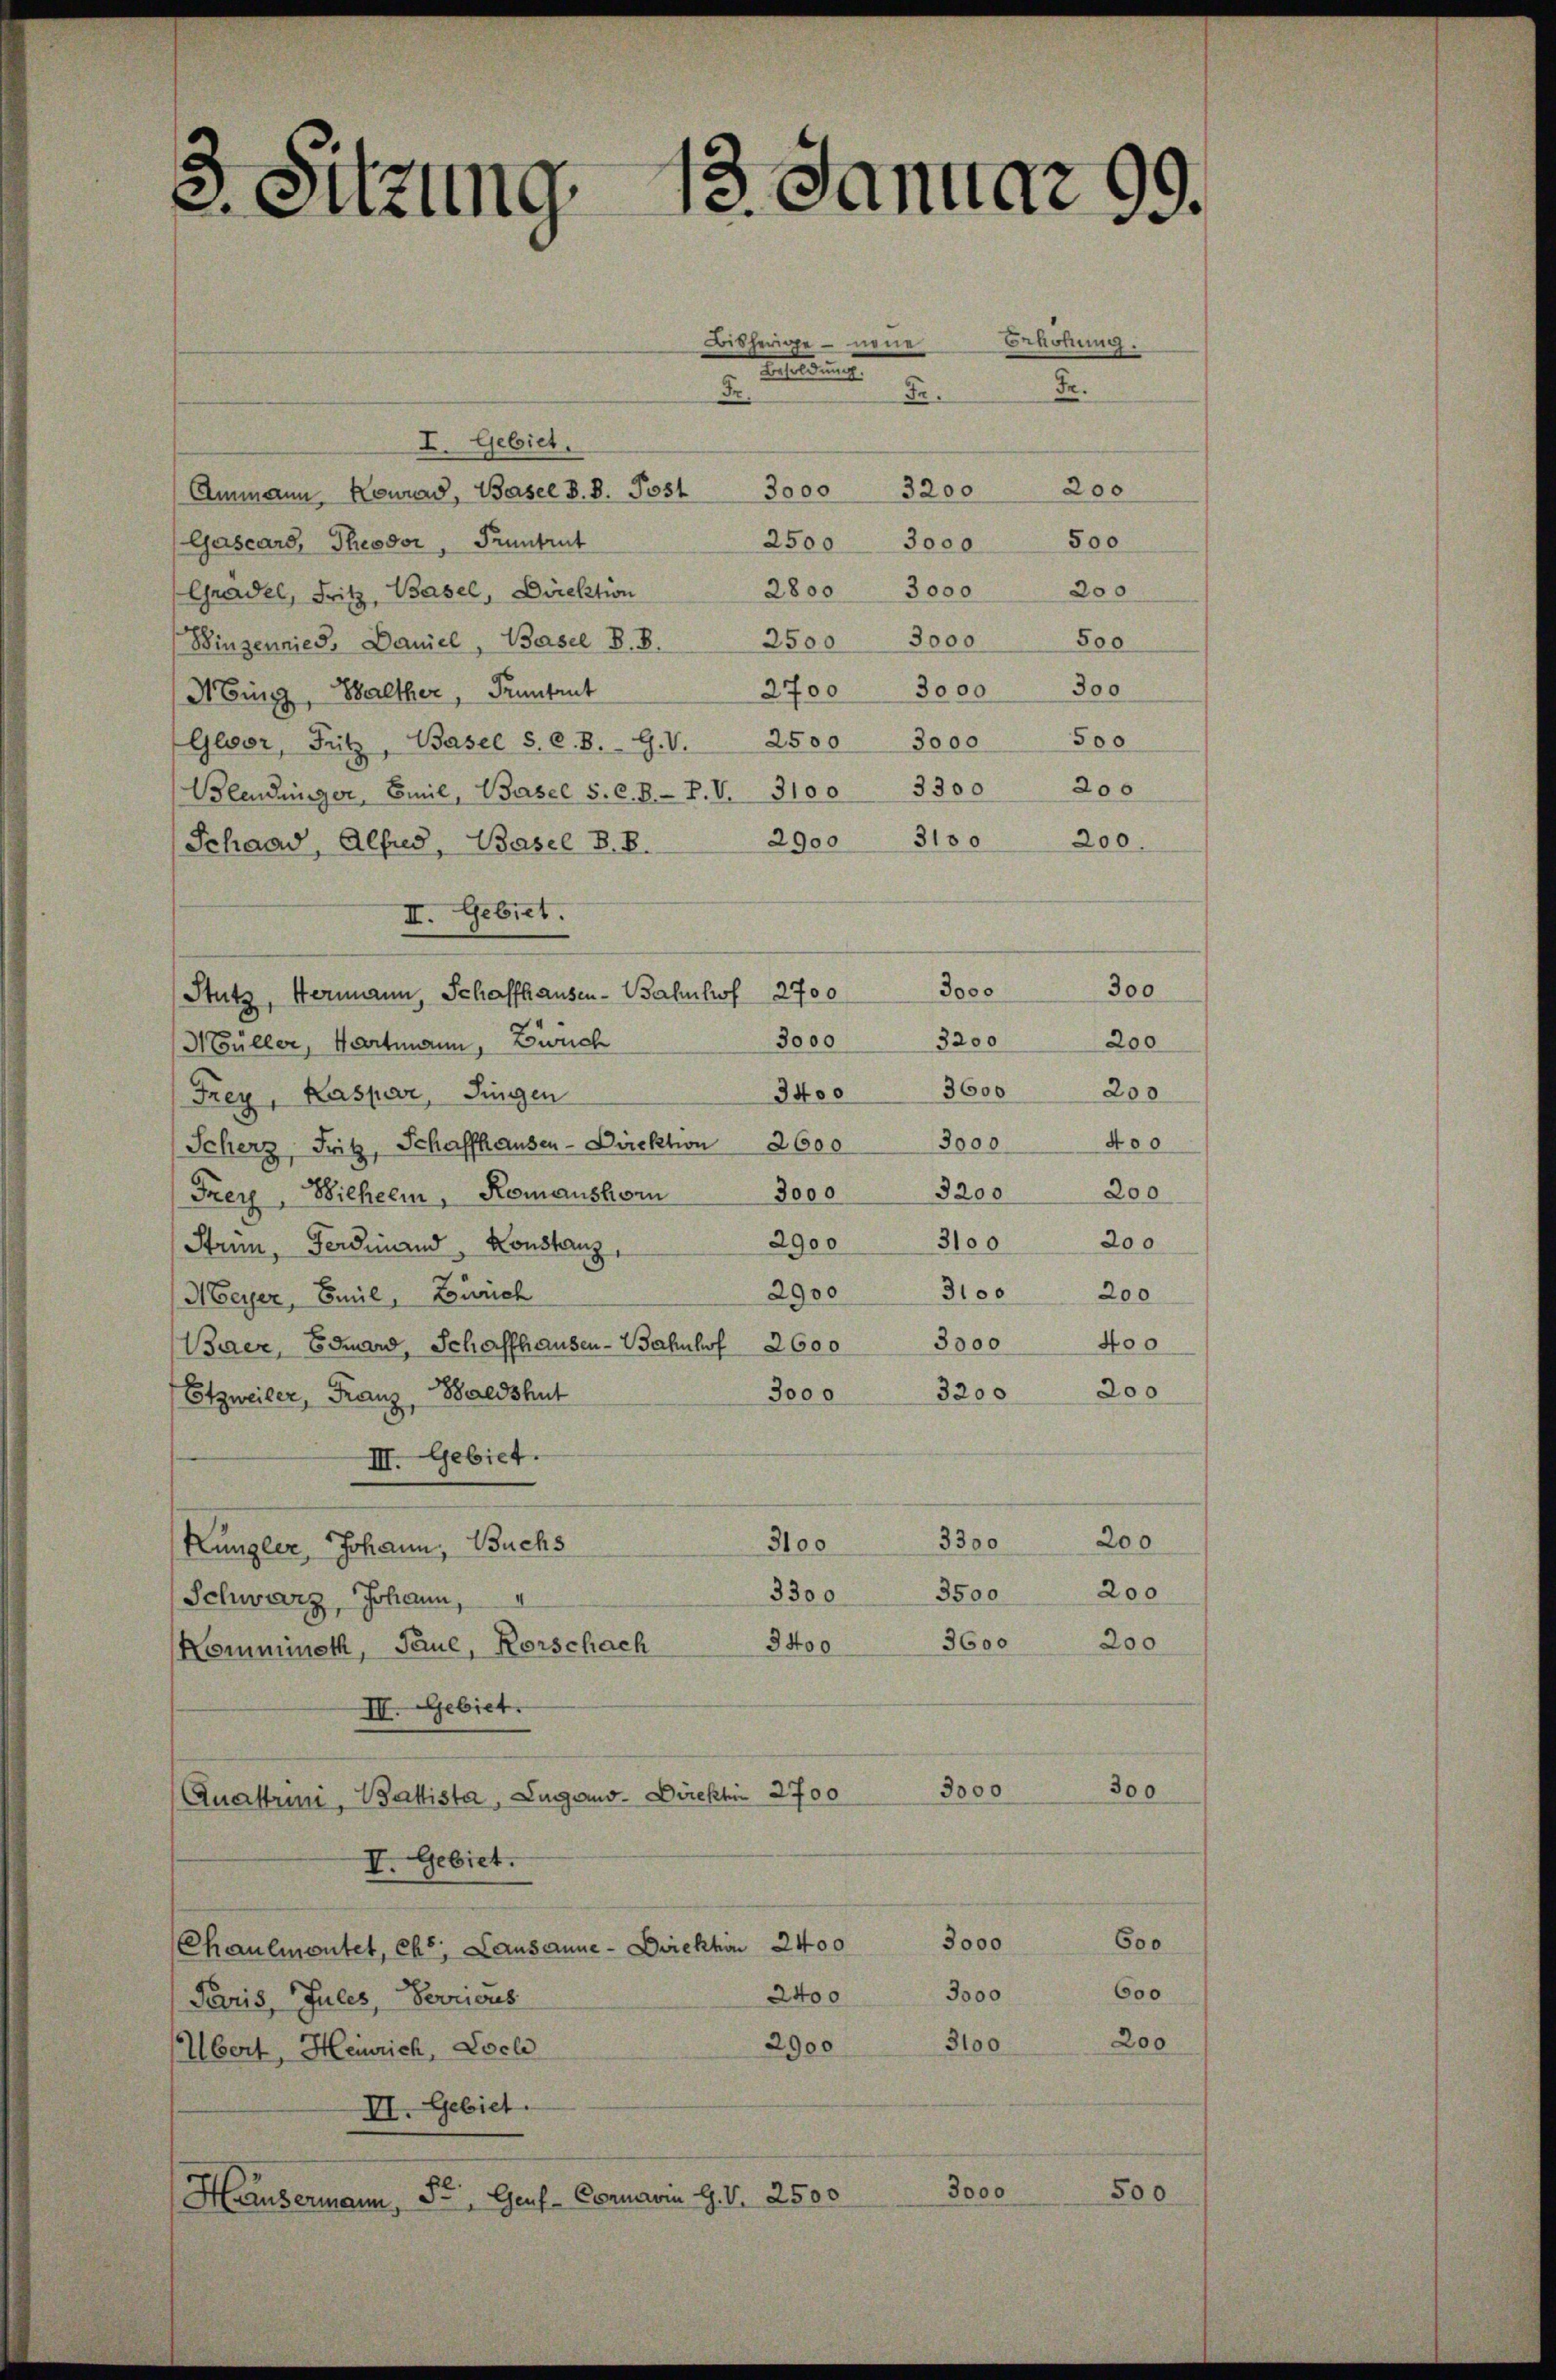
5
Sitzung 2. Januar

Bisherige neue Erhöhung.
Rettung
Fr.
Fr
Fr.
I. Gebiet.
200
3200
Ammann Neuras, Basel d. 8. Post 3000
500
2500
Gascars, Theodor, Pruntrut
3000
200
2800 3000
Gradel, Fritz, Basel, Direktion
3000
500
2500
Binsennies, Daniel, Basel B. B.
300
3000
2700
Ning, Walther, Pruntrut
500
Gloor, Fritz, Basel S. C. B. G. V. 2500 3000
200
Blendunger, Emil, Basel S. C. B. P. V. 3100. 3300
200
2900 3100
Schaad, Alfred, Basel S. B.
II. Gebiet.
300
3000
Stutz, Hermann, Schaffhausen-Bahnhof 2700
3000
3200
200
H Büller, Hartmann, Zwich
3600
200
3400
Frey, Kaspar, Fingen
400
3000
Scherz, Fritz, Schaffhausen-Direktion 2600
3200
200
3000
Frey, Wilhelm, Romanshor
2900 3100 200
Strin, Ferdinand, Konstanz,
2900
3100
200
Meyer, Emil, Zürich
3000
400
Baer, Eduard, Schaffhausen - Bahnhof 2600
200
3200
3000
Etzweiler, Franz, Baldshut
III. Gebiet.
200
3300
3100
Kungler, Johann, Buchs
200
3500
3300
Schwarz, Johann,
3600
200
3400
Kommineth, Taue, Korschach
II. Gebiet.
300
3000
Quattrini, Battista, Lugano. Direktir 2700
V. Gebiet.
Chaulmontet, chs, Lausanne-Direktion 2400  3000 600
600
3000
2400
Paris, Jules, Perrieres
200
3100
2900
Übert, Heinrich, Loch
III. Gebiet.
3000
500
Häusermann, St. Genf-Commaria G. V. 2500